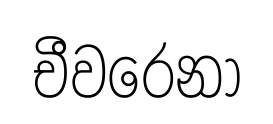
චීවරෙනා